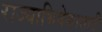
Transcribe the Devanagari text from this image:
राज्याभिषेकासाठी